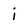
Character: i